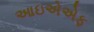
આઇએએફ